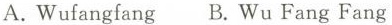
A. Wufangfang B. Wu Fang Fang